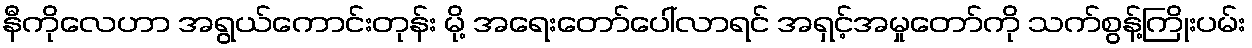
နီကိုလေဟာ အရွယ်ကောင်းတုန်း မို့ အရေးတော်ပေါ်လာရင် အရှင့်အမှုတော်ကို သက်စွန့်ကြိုးပမ်း